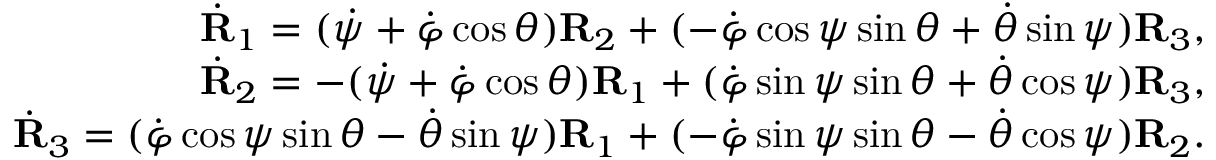
\begin{array} { r } { \dot { \bf R } _ { 1 } = ( \dot { \psi } + \dot { \varphi } \cos \theta ) { \bf R } _ { 2 } + ( - \dot { \varphi } \cos \psi \sin \theta + \dot { \theta } \sin \psi ) { \bf R } _ { 3 } , } \\ { \dot { \bf R } _ { 2 } = - ( \dot { \psi } + \dot { \varphi } \cos \theta ) { \bf R } _ { 1 } + ( \dot { \varphi } \sin \psi \sin \theta + \dot { \theta } \cos \psi ) { \bf R } _ { 3 } , } \\ { \dot { \bf R } _ { 3 } = ( \dot { \varphi } \cos \psi \sin \theta - \dot { \theta } \sin \psi ) { \bf R } _ { 1 } + ( - \dot { \varphi } \sin \psi \sin \theta - \dot { \theta } \cos \psi ) { \bf R } _ { 2 } . } \end{array}